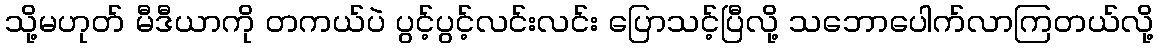
သို့မဟုတ် မီဒီယာကို တကယ်ပဲ ပွင့်ပွင့်လင်းလင်း ပြောသင့်ပြီလို့ သဘောပေါက်လာကြတယ်လို့